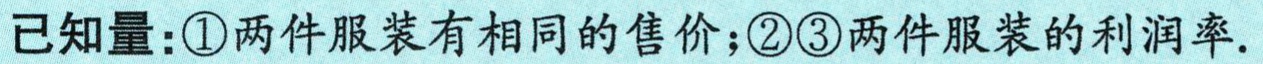
已知量：\textcircled{1}两件服装有相同的售价；\textcircled{2}\textcircled{3}两件服装的利润率.